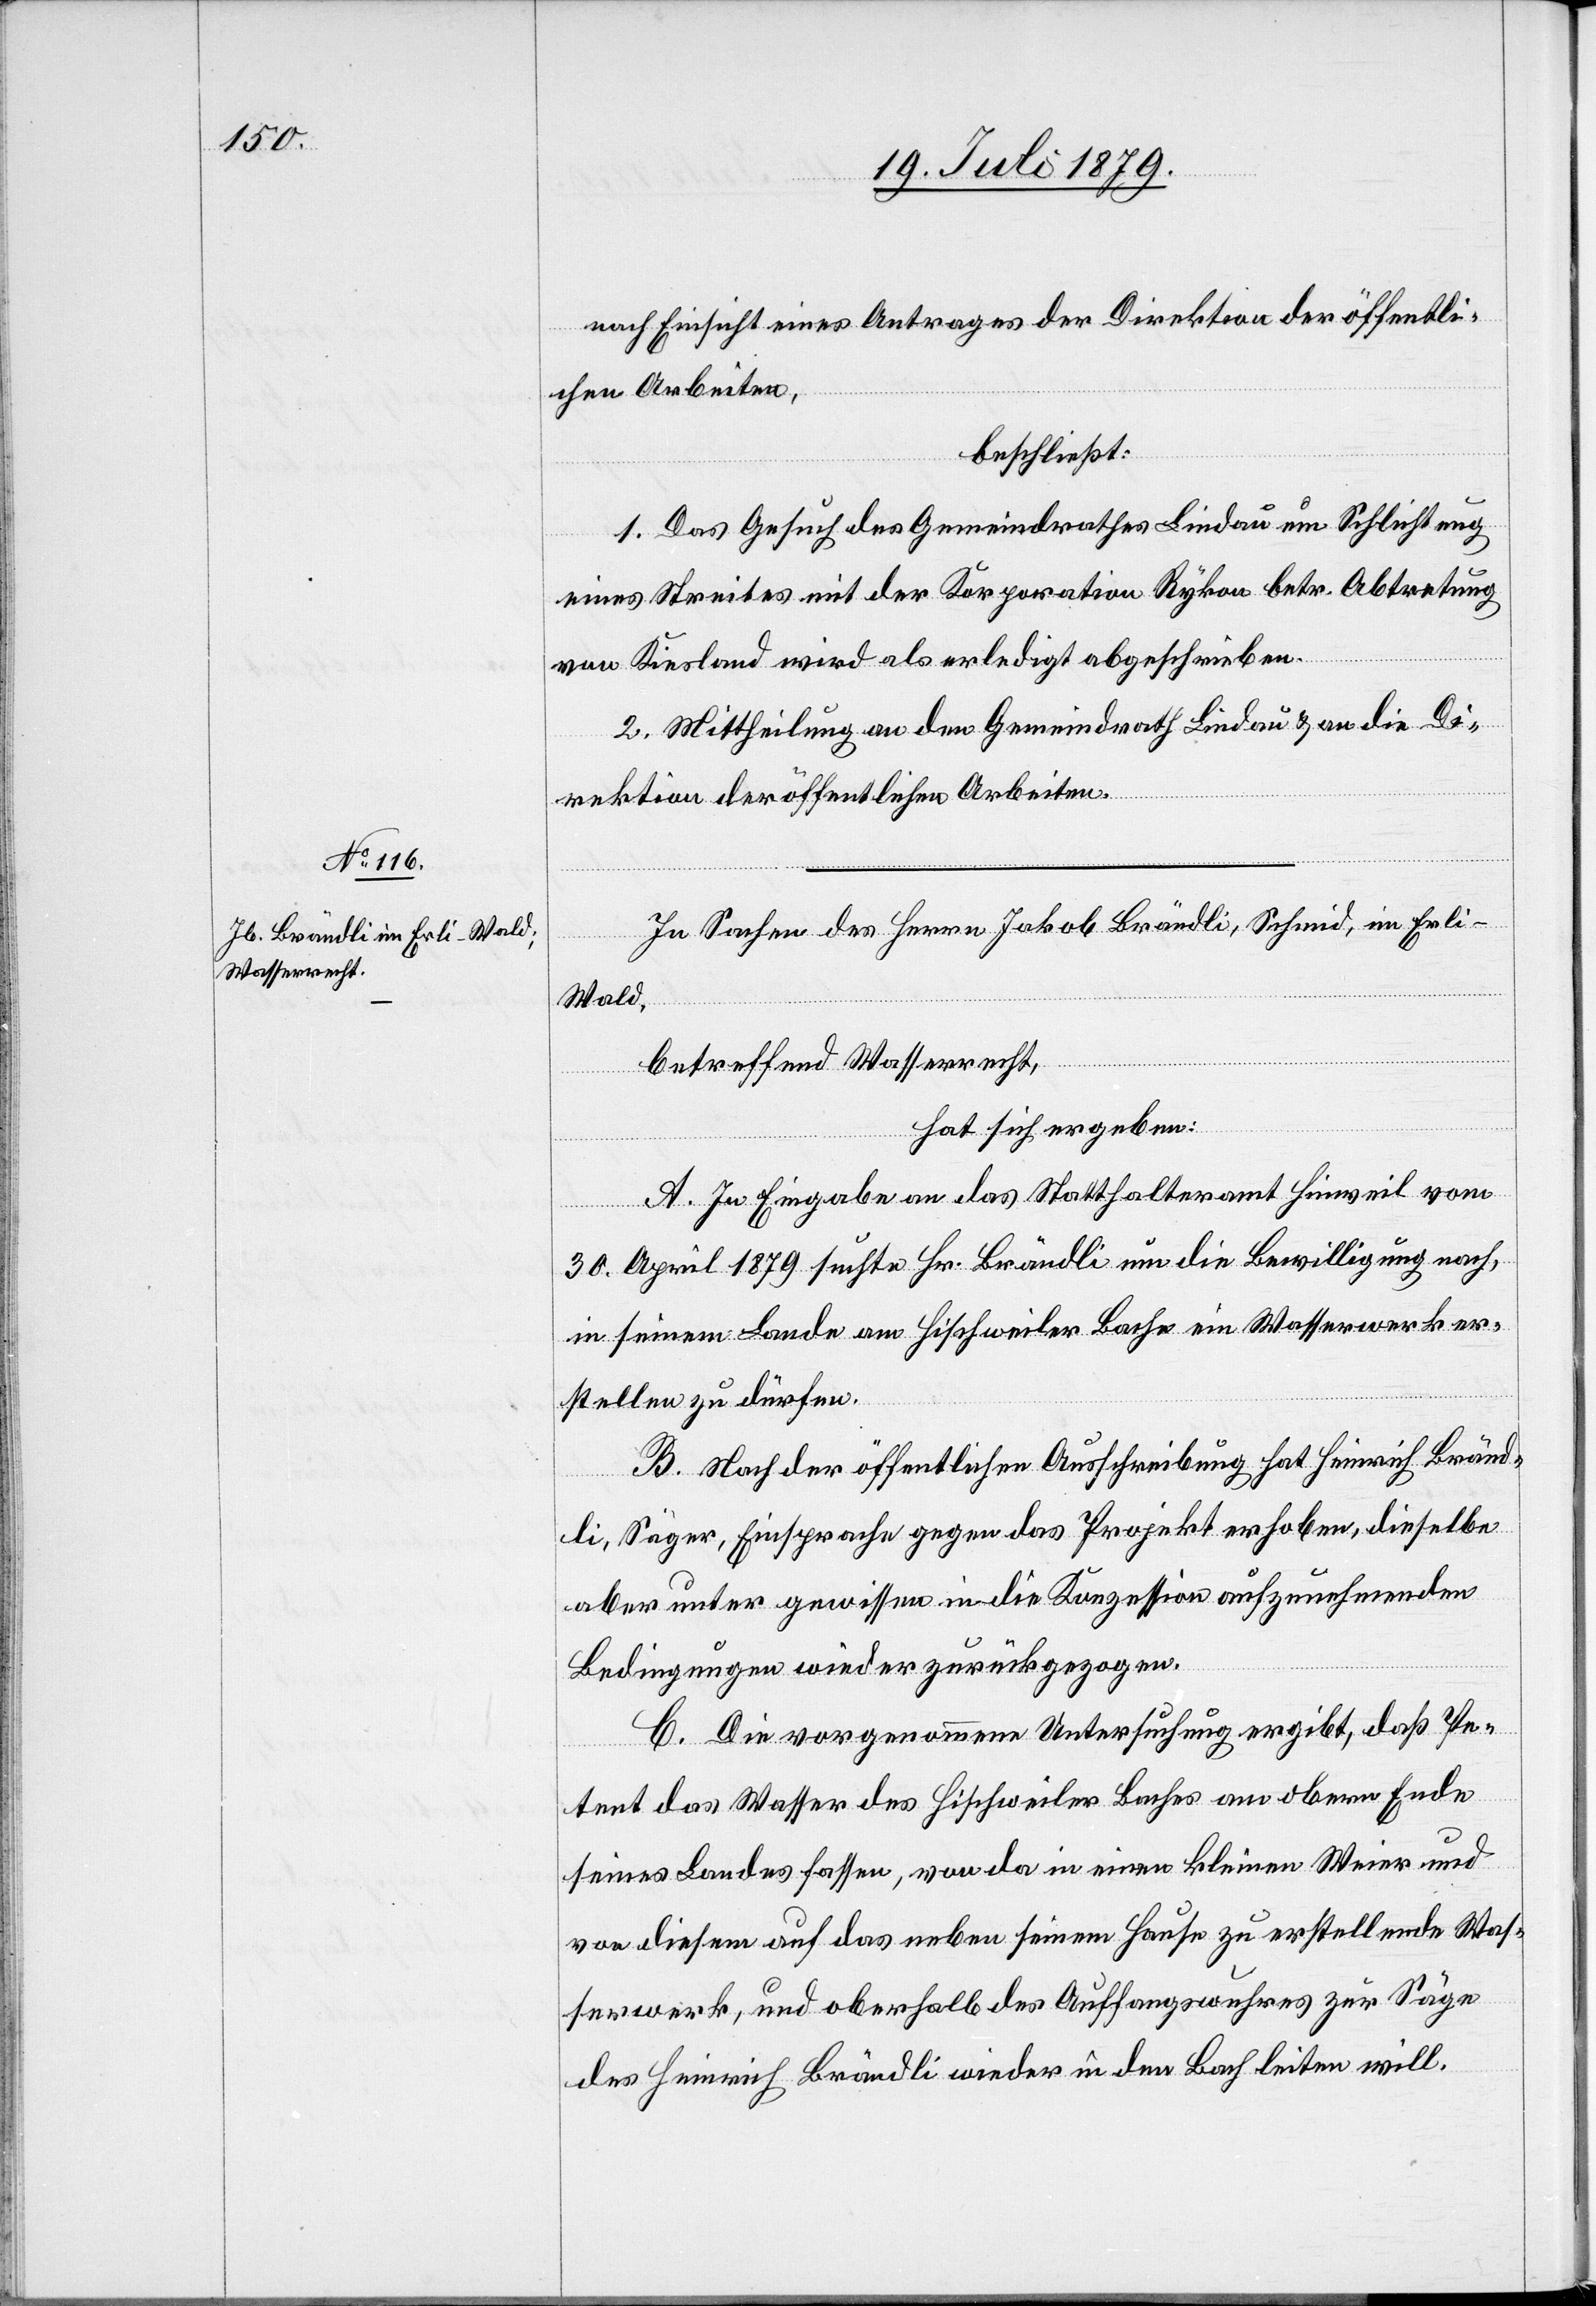
nach Einsicht eines Antrages der Direktion der öffentli¬
chen Arbeiten,
beschließt:
1. Das Gesuch des Gemeindrathes Lindau um Schlichtung
eines Streites mit der Korporation Rykon betr. Abtretung
von Kiesland wird als erledigt abgeschrieben.
2. Mittheilung an den Gemeindrath Lindau & an die Di¬
rektion der öffentlichen Arbeiten.
In Sachen des Herrn Jakob Brändli, Schmid, im Erli -
Wald,
betreffend Wasserrecht,
hat sich ergeben:
A. In Eingabe an das Statthalteramt Hinweil vom
30. April 1879 suchte Hr. Brändli um die Bewilligung nach,
in seinem Lande am Hischweiler Bache ein Wasserwerk er¬
stellen zu dürfen.
B. Nach der öffentlichen Ausschreibung hat Heinrich Bränd¬
li, Säger, Einsprache gegen das Projekt erhoben, dieselbe
aber unter gewissen in die Konzession aufzunehmenden
Bedingungen wieder zurückgezogen.
C. Die vorgenommene Untersuchung ergibt, daß Pe¬
tent das Wasser des Hischweiler Baches am obern Ende
seines Landes fassen, von da in einen kleinen Weier und
von diesem auf das neben seinem Hause zu erstellende Was¬
serwerk, und oberhalb des Auffangswuhres zur Säge
des Heinrich Brändli wieder in den Bach leiten will.